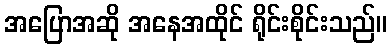
အပြောအဆို အနေအထိုင် ရိုင်းစိုင်းသည်။